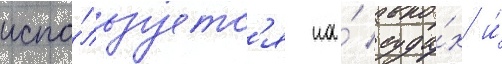
испо́льзуетс'я на́ суда́х и́